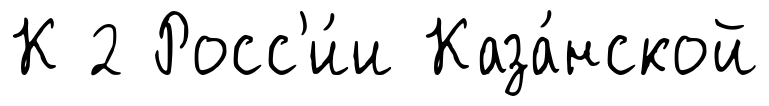
К 2 Росс'и́и Каза́нской